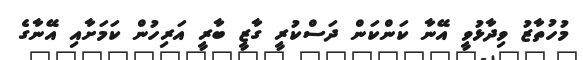
މުހުތާޒު ވިދާޅުވީ އޭނާ ކަންކަން ދަސްކުރީ ގާޒީ ބާރީ އަރިހުން ކަމަށާއި އޭނާގެ